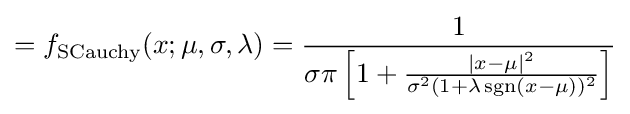
=f_{\text{SCauchy}}(x;\mu ,\sigma ,\lambda )={\frac {1}{\sigma \pi \left[1+{\frac {\left|x-\mu \right|^{2}}{\sigma ^{2}(1+\lambda \operatorname {sgn}(x-\mu ))^{2}}}\right]}}